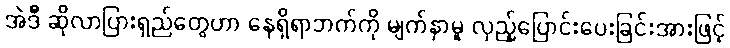
အဲဒီ ဆိုလာပြားရှည်တွေဟာ နေရှိရာဘက်ကို မျက်နှာမူ လှည့်ပြောင်းပေးခြင်းအားဖြင့်